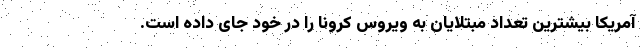
آمریکا بیشترین تعداد مبتلایان به ویروس کرونا را در خود جای داده است.